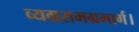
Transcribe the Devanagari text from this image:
व्यग्रसमग्रमार्ग।